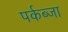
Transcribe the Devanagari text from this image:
पर्कब्जा